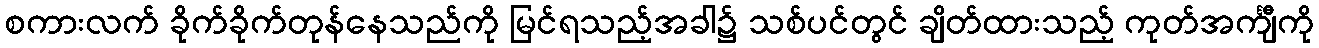
စကားလက် ခိုက်ခိုက်တုန်နေသည်ကို မြင်ရသည့်အခါ၌ သစ်ပင်တွင် ချိတ်ထားသည့် ကုတ်အင်္ကျီကို